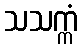
သသက္ကံ